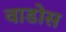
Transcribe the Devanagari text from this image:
वाडोस